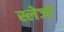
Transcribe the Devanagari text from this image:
स्लेजों